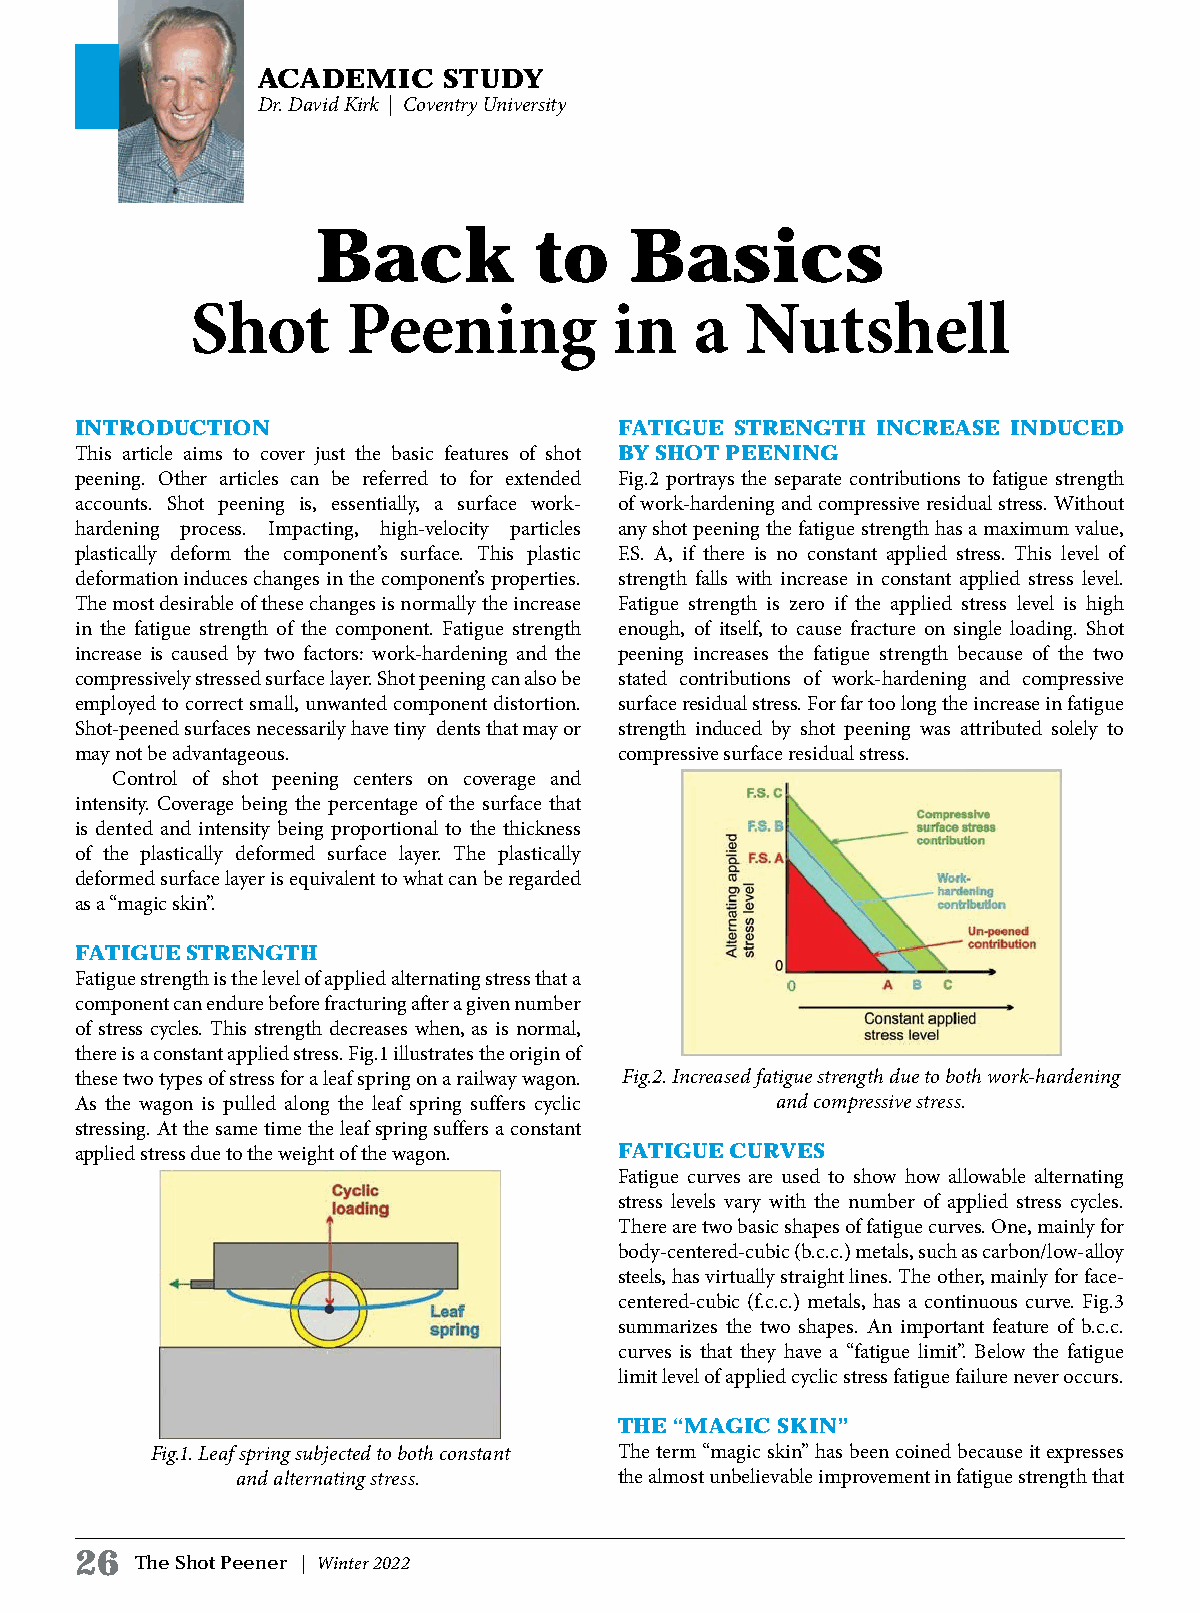
ACADEMIC    STUDY
 Dr. David Kirk | Coventry University
 Back          to     Basics
 Shot      Peening           in   a  Nutshell
 INTRODUCTION                        FATIGUE STRENGTH INCREASE INDUCED
 This article aims to cover just the basic features of shot BY SHOT PEENING
 peening. Other articles can be referred to for extended Fig.2 portrays the separate contributions to fatigue strength
 accounts. Shot peening is, essentially, a surface work- of work-hardening and compressive residual stress. Without
 hardening process. Impacting, high-velocity particles any shot peening the fatigue strength has a maximum value,
 plastically deform the component’s surface. This plastic F.S. A, if there is no constant applied stress. This level of
 deformation induces changes in the component’s properties. strength falls with increase in constant applied stress level.
 The most desirable of these changes is normally the increase Fatigue strength is zero if the applied stress level is high
 in the fatigue strength of the component. Fatigue strength enough, of itself, to cause fracture on single loading. Shot
 increase is caused by two factors: work-hardening and the peening increases the fatigue strength because of the two
 compressively stressed surface layer. Shot peening can also be stated contributions of work-hardening and compressive
 employed to correct small, unwanted component distortion. surface residual stress. For far too long the increase in fatigue
 Shot-peened surfaces necessarily have tiny dents that may or strength induced by shot peening was attributed solely to
 may not be advantageous.            compressive surface residual stress.
 Control of shot peening centers on coverage and
 intensity. Coverage being the percentage of the surface that
 is dented and intensity being proportional to the thickness
 of the plastically deformed surface layer. The plastically
 deformed surface layer is equivalent to what can be regarded
 as a “magic skin”.
 FATIGUE STRENGTH
 Fatigue strength is the level of applied alternating stress that a
 component can endure before fracturing after a given number
 of stress cycles. This strength decreases when, as is normal,
 there is a constant applied stress. Fig.1 illustrates the origin of
 these two types of stress for a leaf spring on a railway wagon. Fig.2. Increased fatigue strength due to both work-hardening
 As the wagon is pulled along the leaf spring suffers cyclic and compressive stress.
 stressing. At the same time the leaf spring suffers a constant
 applied stress due to the weight of the wagon. FATIGUE CURVES
 Fatigue curves are used to show how allowable alternating
 stress levels vary with the number of applied stress cycles.
 There are two basic shapes of fatigue curves. One, mainly for
 body-centered-cubic (b.c.c.) metals, such as carbon/low-alloy
 steels, has virtually straight lines. The other, mainly for face-
 centered-cubic (f.c.c.) metals, has a continuous curve. Fig.3
 summarizes the two shapes. An important feature of b.c.c.
 curves is that they have a “fatigue limit”. Below the fatigue
 limit level of applied cyclic stress fatigue failure never occurs.
 THE “MAGIC SKIN”
 Fig.1. Leaf spring subjected to both constant The term “magic skin” has been coined because it expresses
 and alternating stress.  the almost unbelievable improvement in fatigue strength that
 26
 The Shot Peener | Winter 2022